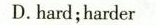
D.hard;harder